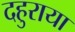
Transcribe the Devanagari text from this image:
दहुराया